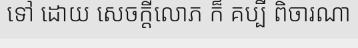
ទៅ ដោយ សេចក្តីលោភ ក៏ គប្បី ពិចារណា